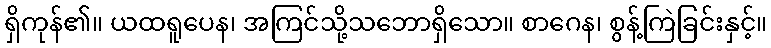
ရှိကုန်၏။ ယထရူပေန၊ အကြင်သို့သဘောရှိသော။ စာဂေန၊ စွန့်ကြဲခြင်းနှင့်။